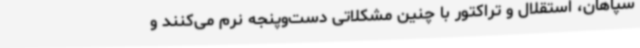
سپاهان، استقلال و تراکتور با چنین مشکلاتی دست‌وپنجه نرم می‌کنند و